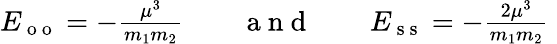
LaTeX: \begin{array}{r}{E_{\mathrm{~o~o~}}=-\frac{\mu^{3}}{m_{1}m_{2}}\quad\quad\mathrm{~a~n~d~}\quad\quad E_{\mathrm{~s~s~}}=-\frac{2\mu^{3}}{m_{1}m_{2}}\; }\end{array}